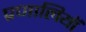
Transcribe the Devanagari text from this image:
प्रणालियॉ